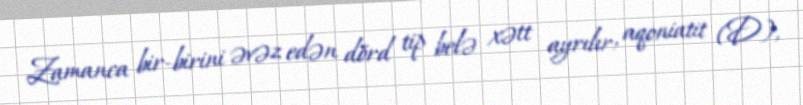
Zamanca bir-birini əvəz edən dörd tip belə xətt ayrılır: aqoniatit (D),